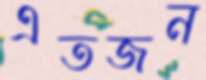
এতজন